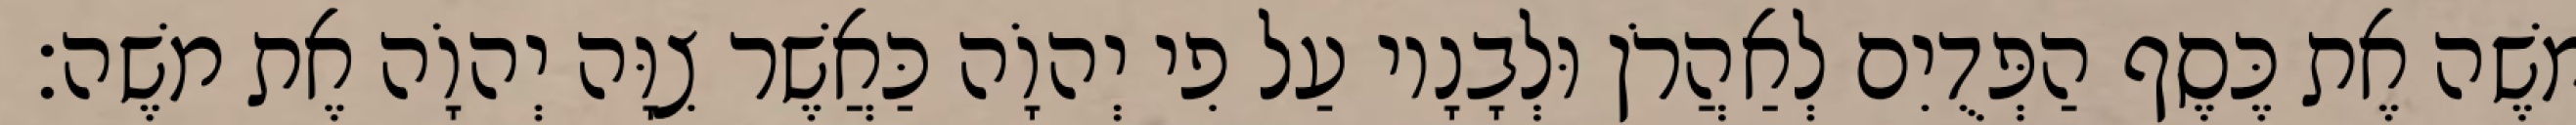
משֶׁה אֶת כֶּסֶף הַפְּדֻיִם לְאַהֲרֹן וּלְבָנָיו עַל פִי יְהוָֹה כַּאֲשֶׁר צִוָּה יְהוָֹה אֶת משֶׁה׃